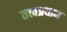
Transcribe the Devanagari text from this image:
तत्त्वप्रधान